NAE_ERA_R-2324_Eesti_Vabariigi_Pohiseaduslik_Assamblee, lk 29
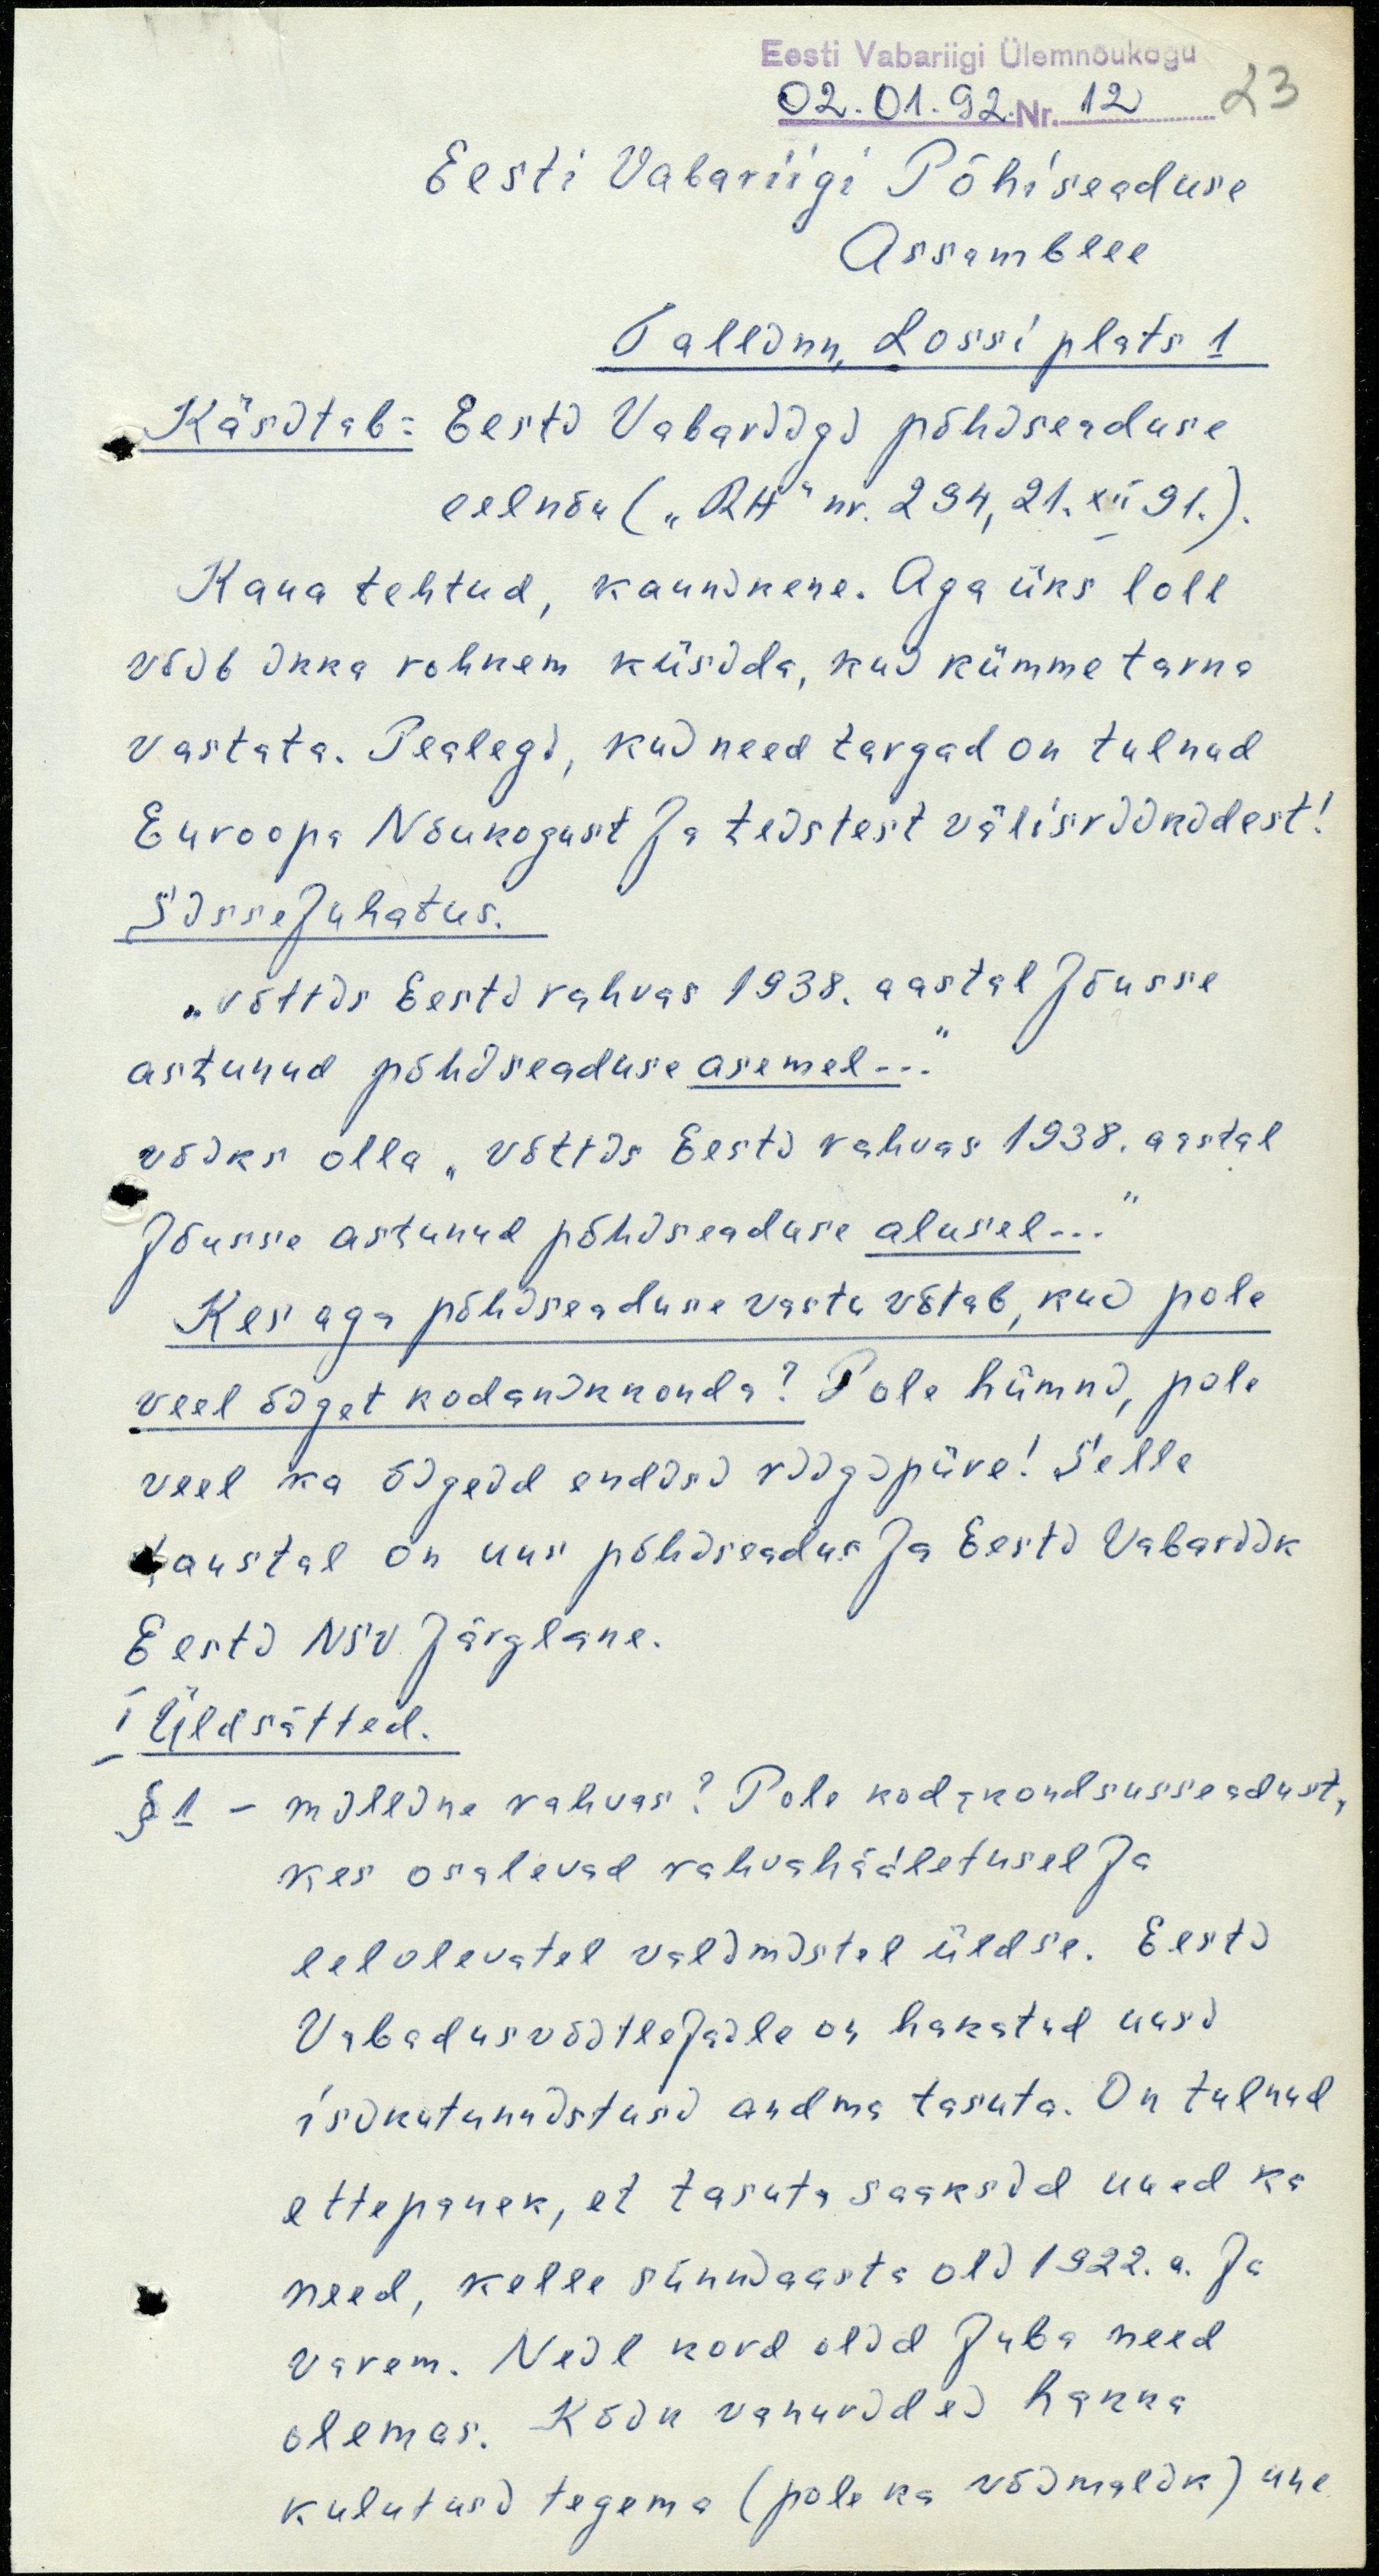
Eesti Vabariigi Ülemnõukogu
02.01.92. Nr. 12
23
Eesti Vabariigi Põhiseaduse
Assamblee
Tallinn, Lossi plats 1
Käsitab: Eesti Vabariigi põhiseaduse
eelnõu ( "RH" nr. 294, 21.XII 91.).
Kaua tehtud, kaunikene. Aga üks loll
võib ikka rohkem küsida, kui kümme tarka
vastata. Pealegi, kui need targad on tulnud
Euroopa Nõukogust ja teistest välisriikidest!
Sissejuhatus.
"võttis Eesti rahvas 1938. aastal jõusse
astunud põhiseaduse asemel..."
võiks olla "võttis Eesti rahvas 1938. aastal
jõusse astunud põhiseaduse alusel..."
Kes aga põhiseaduse vastu võtab, kui pole
veel õiget kodanikkonda? Pole hümni, pole
veel ka õigeid endisi riigipiire!  Selle
taustal on uus põhiseadus ja Eesti Vabariik
Eesti NSV järglane.
I Üldsätted.
§ 1 - milline rahvas? Pole kodakondsusseadust,
kes osalevad rahvahääletusel ja
eelolevatel valimistel üldse. Eesti
Vabadusvõitlejaile on hakatud uusi
isikutunnistusi andma tasuta. On tulnud
ettepanek, et tasuta saaksid uued ka
need, kelle sünniaasta oli 1922.a. ja
varem. Neil kord olid juba need
olemas. Kõik vanurid ei hakka
kulutusi tegema (pole ka võimalik) ühe